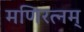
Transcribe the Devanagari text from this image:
मणिरत्‍नम्